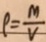
\rho = \frac { M } { V }